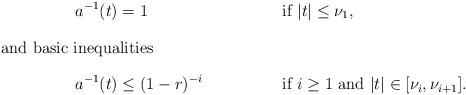
LaTeX: \begin{align*}a^{-1}(t)&=1&&\textup{ if }|t|\leq \nu_1,\intertext{and basic inequalities}a^{-1}(t)&\leq (1-r)^{-i}&&\textup{ if }i\geq 1 \textup{ and }|t|\in[\nu_{i},\nu_{i+1}].\end{align*}